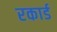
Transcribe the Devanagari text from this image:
रकार्ड